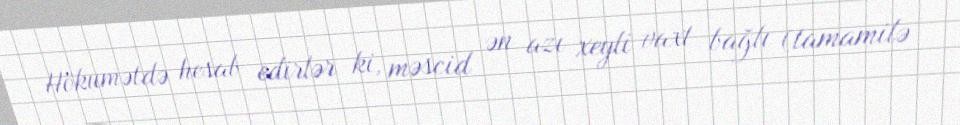
Hökumətdə hesab edirlər ki, məscid ən azı xeyli vaxt bağlı (tamamilə